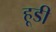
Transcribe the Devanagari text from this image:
हूडी